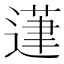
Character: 𰻍